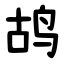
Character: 鸪